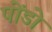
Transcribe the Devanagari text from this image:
पोंडो